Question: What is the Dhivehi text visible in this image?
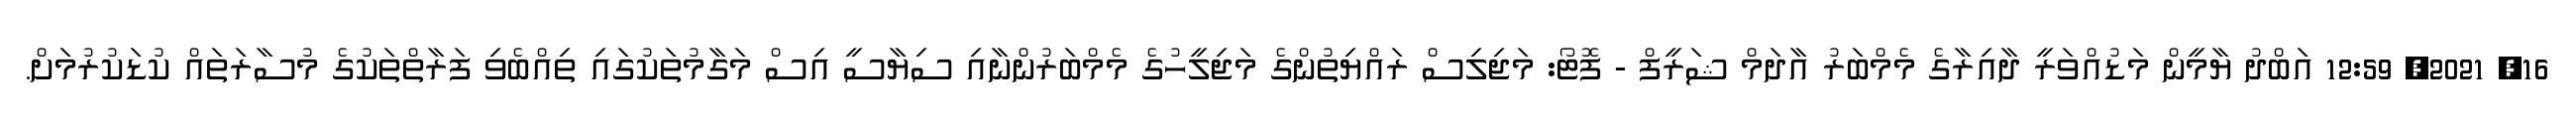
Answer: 16, 2021, 12:59 އަބްދު ޔާމީން މަޑުއްވަރީ ދާއިރާގެ މެމްބަރު އާދަމް ޝަރީފް - ފޮޓޯ: މަޖިލިސް ރައްޔިތުންގެ މަޖިލީހުގެ މެމްބަރުންނާއި ސިޔާސީ އިސް މަގާމުތަކުގައި ތިއްބެވި ފަރާތްތަކުގެ މުސާރަތައް ކުޑަކުރުމަށް.